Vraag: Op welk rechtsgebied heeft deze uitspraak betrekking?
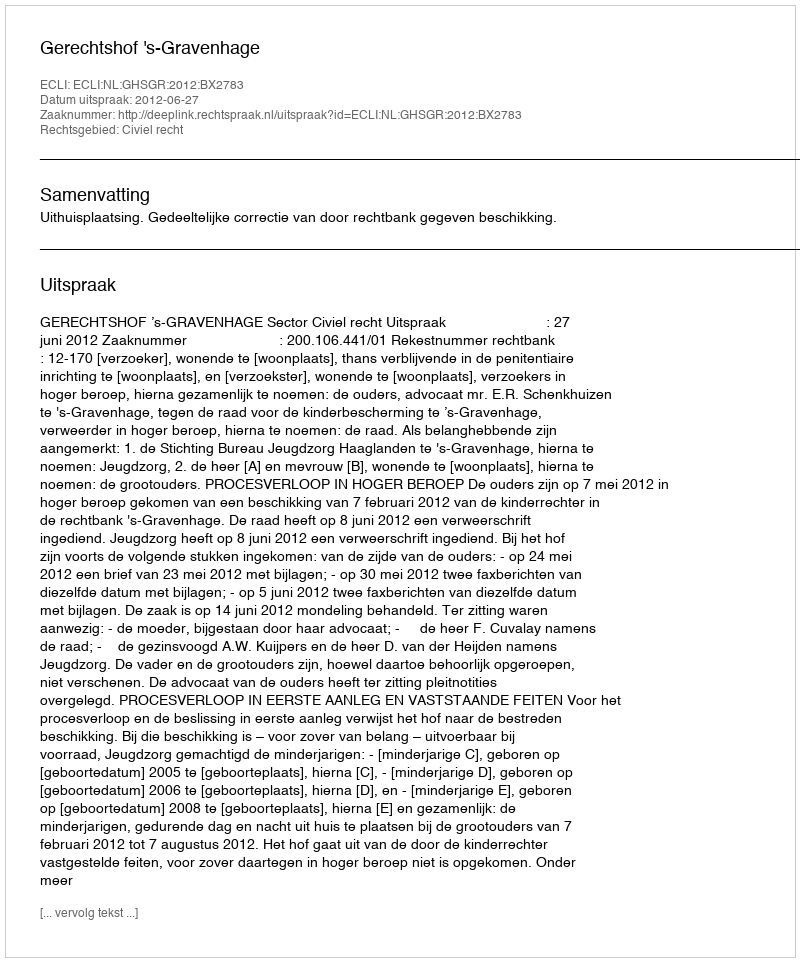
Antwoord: Civiel recht